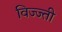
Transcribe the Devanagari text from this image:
विज्ज्ती